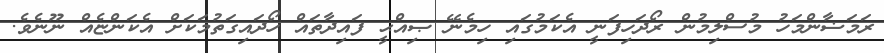
ރަމަޟާންމަހު މުސްލިމުން ރޯދަހިފަނީ އެކަމުގައި ހިމެނޭ ޞިއްޙީ ފައިދާތައް ހޯދައިގަތުމަކަށް އެކަންޏެއް ނޫނެވެ.